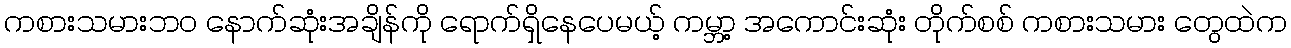
ကစားသမားဘဝ နောက်ဆုံးအချိန်ကို ရောက်ရှိနေပေမယ့် ကမ္ဘာ့ အကောင်းဆုံး တိုက်စစ် ကစားသမား တွေထဲက